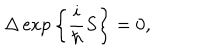
\Delta \exp \bigg \{ \frac { i } { \hbar } S \bigg \} = 0 ,